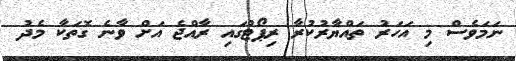
ނަމަވެސް މި އަހަރު ތައްޔާރުކުރާ ރިޕޯޓުގައި ރާއްޖެ އަށް ވާނެ ގޮތަކާ މެދު